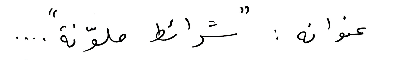
عنوانه: "شرائط ملوّنة"...